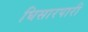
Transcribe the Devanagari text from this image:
घिसारपारी